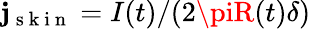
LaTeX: \mathbf{j}_{\mathrm{{~s~k~i~n~}}}=I(t)/(2\piR(t)\delta)